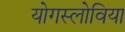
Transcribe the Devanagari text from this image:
योगस्लोविया